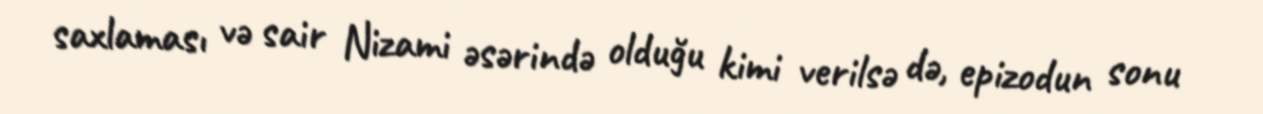
saxlaması və sair Nizami əsərində olduğu kimi verilsə də, epizodun sonu